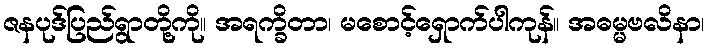
ဇနပုဒ်ပြည်ရွာတို့ကို။ အရက္ခိတာ၊ မစောင့်ရှောက်ပါကုန်။ အဓမ္မဗလိနာ၊